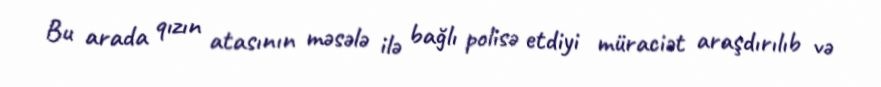
Bu arada qızın atasının məsələ ilə bağlı polisə etdiyi müraciət araşdırılıb və